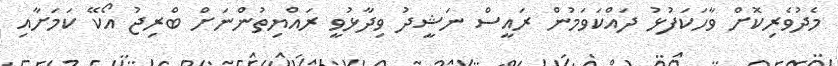
މެދުވެރިކޮށް ވާހަކަފުޅު ދައްކަވަމުން ރައީސް ނަޝީދު ވިދާޅުވީ ރައްޔިތުންނަށް ބްރިޖު އޯކޭ ކަމަށާއި